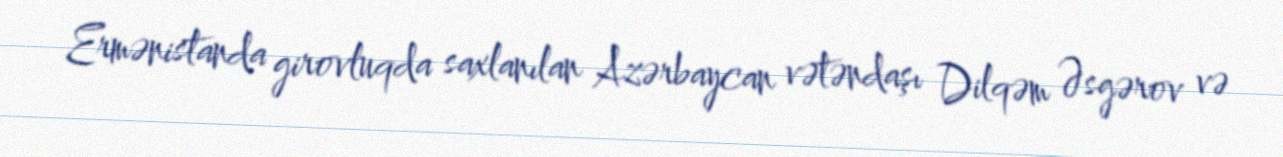
Ermənistanda girovluqda saxlanılan Azərbaycan vətəndaşı Dilqəm Əsgərov və